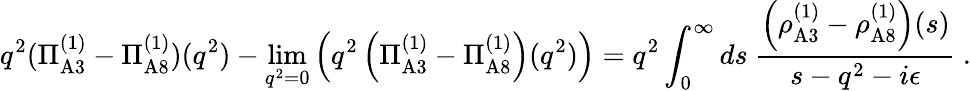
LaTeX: q^{2}(\Pi_{\mathrm{A}3}^{(1)}-\Pi_{\mathrm{A}8}^{(1)})(q^{2})-\operatorname*{lim}_{q^{2}=0}\left(q^{2}\left(\Pi_{\mathrm{A}3}^{(1)}-\Pi_{\mathrm{A}8}^{(1)}\right)(q^{2})\right)=q^{2}\int_{0}^{\infty}ds~{\frac{\left(\rho_{\mathrm{A}3}^{(1)}-\rho_{\mathrm{A}8}^{(1)}\right)(s)}{s-q^{2}-i\epsilon}}\ .